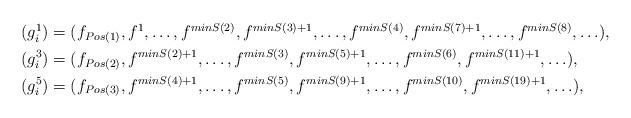
LaTeX: \begin{align*}\begin{aligned}(g^1_i) &=( f_{Pos(1)},f^1,\ldots,f^{minS(2)},f^{minS(3)+1},\ldots,f^{minS(4)},f^{minS(7)+1}, \ldots, f^{minS(8)},\ldots),\\(g^3_i)&=(f_{Pos(2)},f^{minS(2)+1},\ldots,f^{minS(3)},f^{minS(5)+1},\ldots,f^{minS(6)},f^{minS(11)+1},\ldots),\\(g^5_i)&=(f_{Pos(3)},f^{minS(4)+1},\ldots,f^{minS(5)},f^{minS(9)+1},\ldots,f^{minS(10)},f^{minS(19)+1},\ldots),\end{aligned}\end{align*}